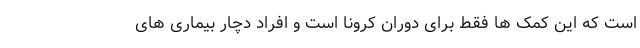
است که این کمک ها فقط برای دوران کرونا است و افراد دچار بیماری های